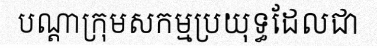
បណ្តាក្រុមសកម្មប្រយុទ្ធដែលជា